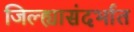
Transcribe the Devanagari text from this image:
जिल्ह्यासंदर्भात